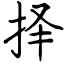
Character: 择